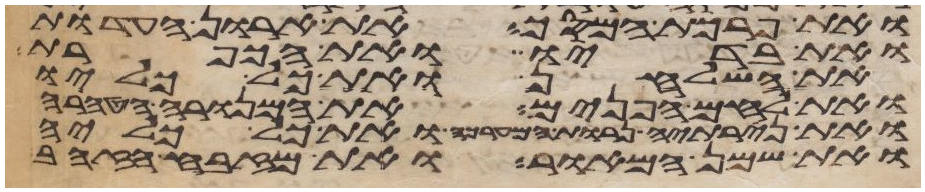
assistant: ואת פרכת המסך את ארון העדות
ואת בדיו ואת הכפרת
את השלחן ואת כל כליו
ואת לחם הפנים את המנורה הטהרה
ואת נרתיה נרות המערכה ואת כל כליה
ואת שמן המאור את מזבח הזהב